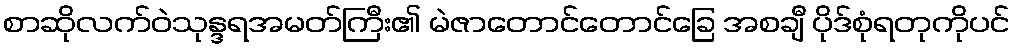
စာဆိုလက်ဝဲသုန္ဒရအမတ်ကြီး၏ မဲဇာတောင်တောင်ခြေ အစချီ ပိုဒ်စုံရတုကိုပင်